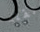
نقله